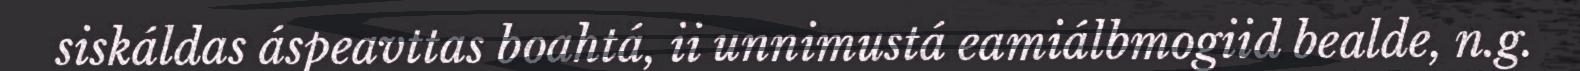
siskáldas áspeavttas boahtá, ii unnimustá eamiálbmogiid bealde, n.g.